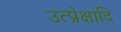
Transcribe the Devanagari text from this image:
उत्प्रेक्षादि